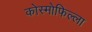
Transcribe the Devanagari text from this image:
कोस्मोफिल्ला